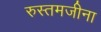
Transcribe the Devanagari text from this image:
रुस्तमजीना